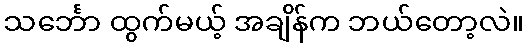
သင်္ဘော ထွက်မယ့် အချိန်က ဘယ်တော့လဲ။